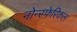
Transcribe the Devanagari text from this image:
नोन्स्फेरिकल